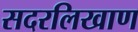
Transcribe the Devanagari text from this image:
सदरलिखाण